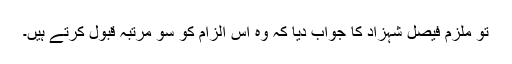
تو ملزم فیصل شہزاد کا جواب دیا کہ وہ اس الزام کو سو مرتبہ قبول کرتے ہیں۔